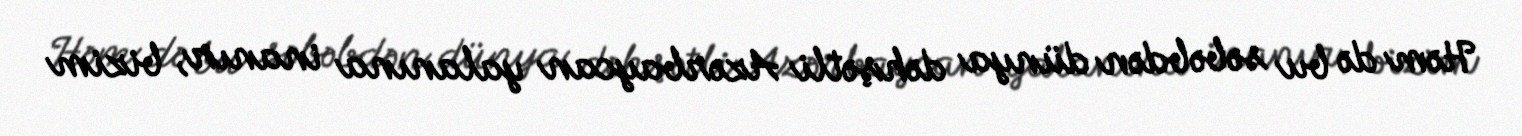
Həm də bu səbəbdən dünya dəhşətli Azərbaycan yalanına inanır, bizim